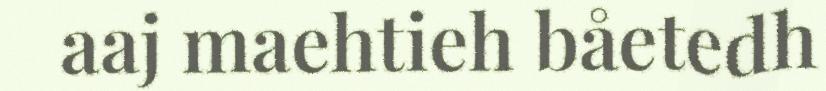
aaj maehtieh båetedh